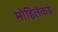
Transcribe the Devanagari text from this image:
मोहिलेंकडे